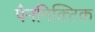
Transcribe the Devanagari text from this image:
पैनमिक्टिक